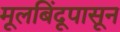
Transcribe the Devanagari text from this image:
मूलबिंदूपासून